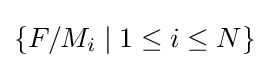
\lbrace F/M_{i}\mid 1\leq i\leq N\rbrace